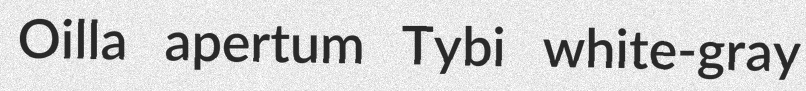
Oilla apertum Tybi white-gray